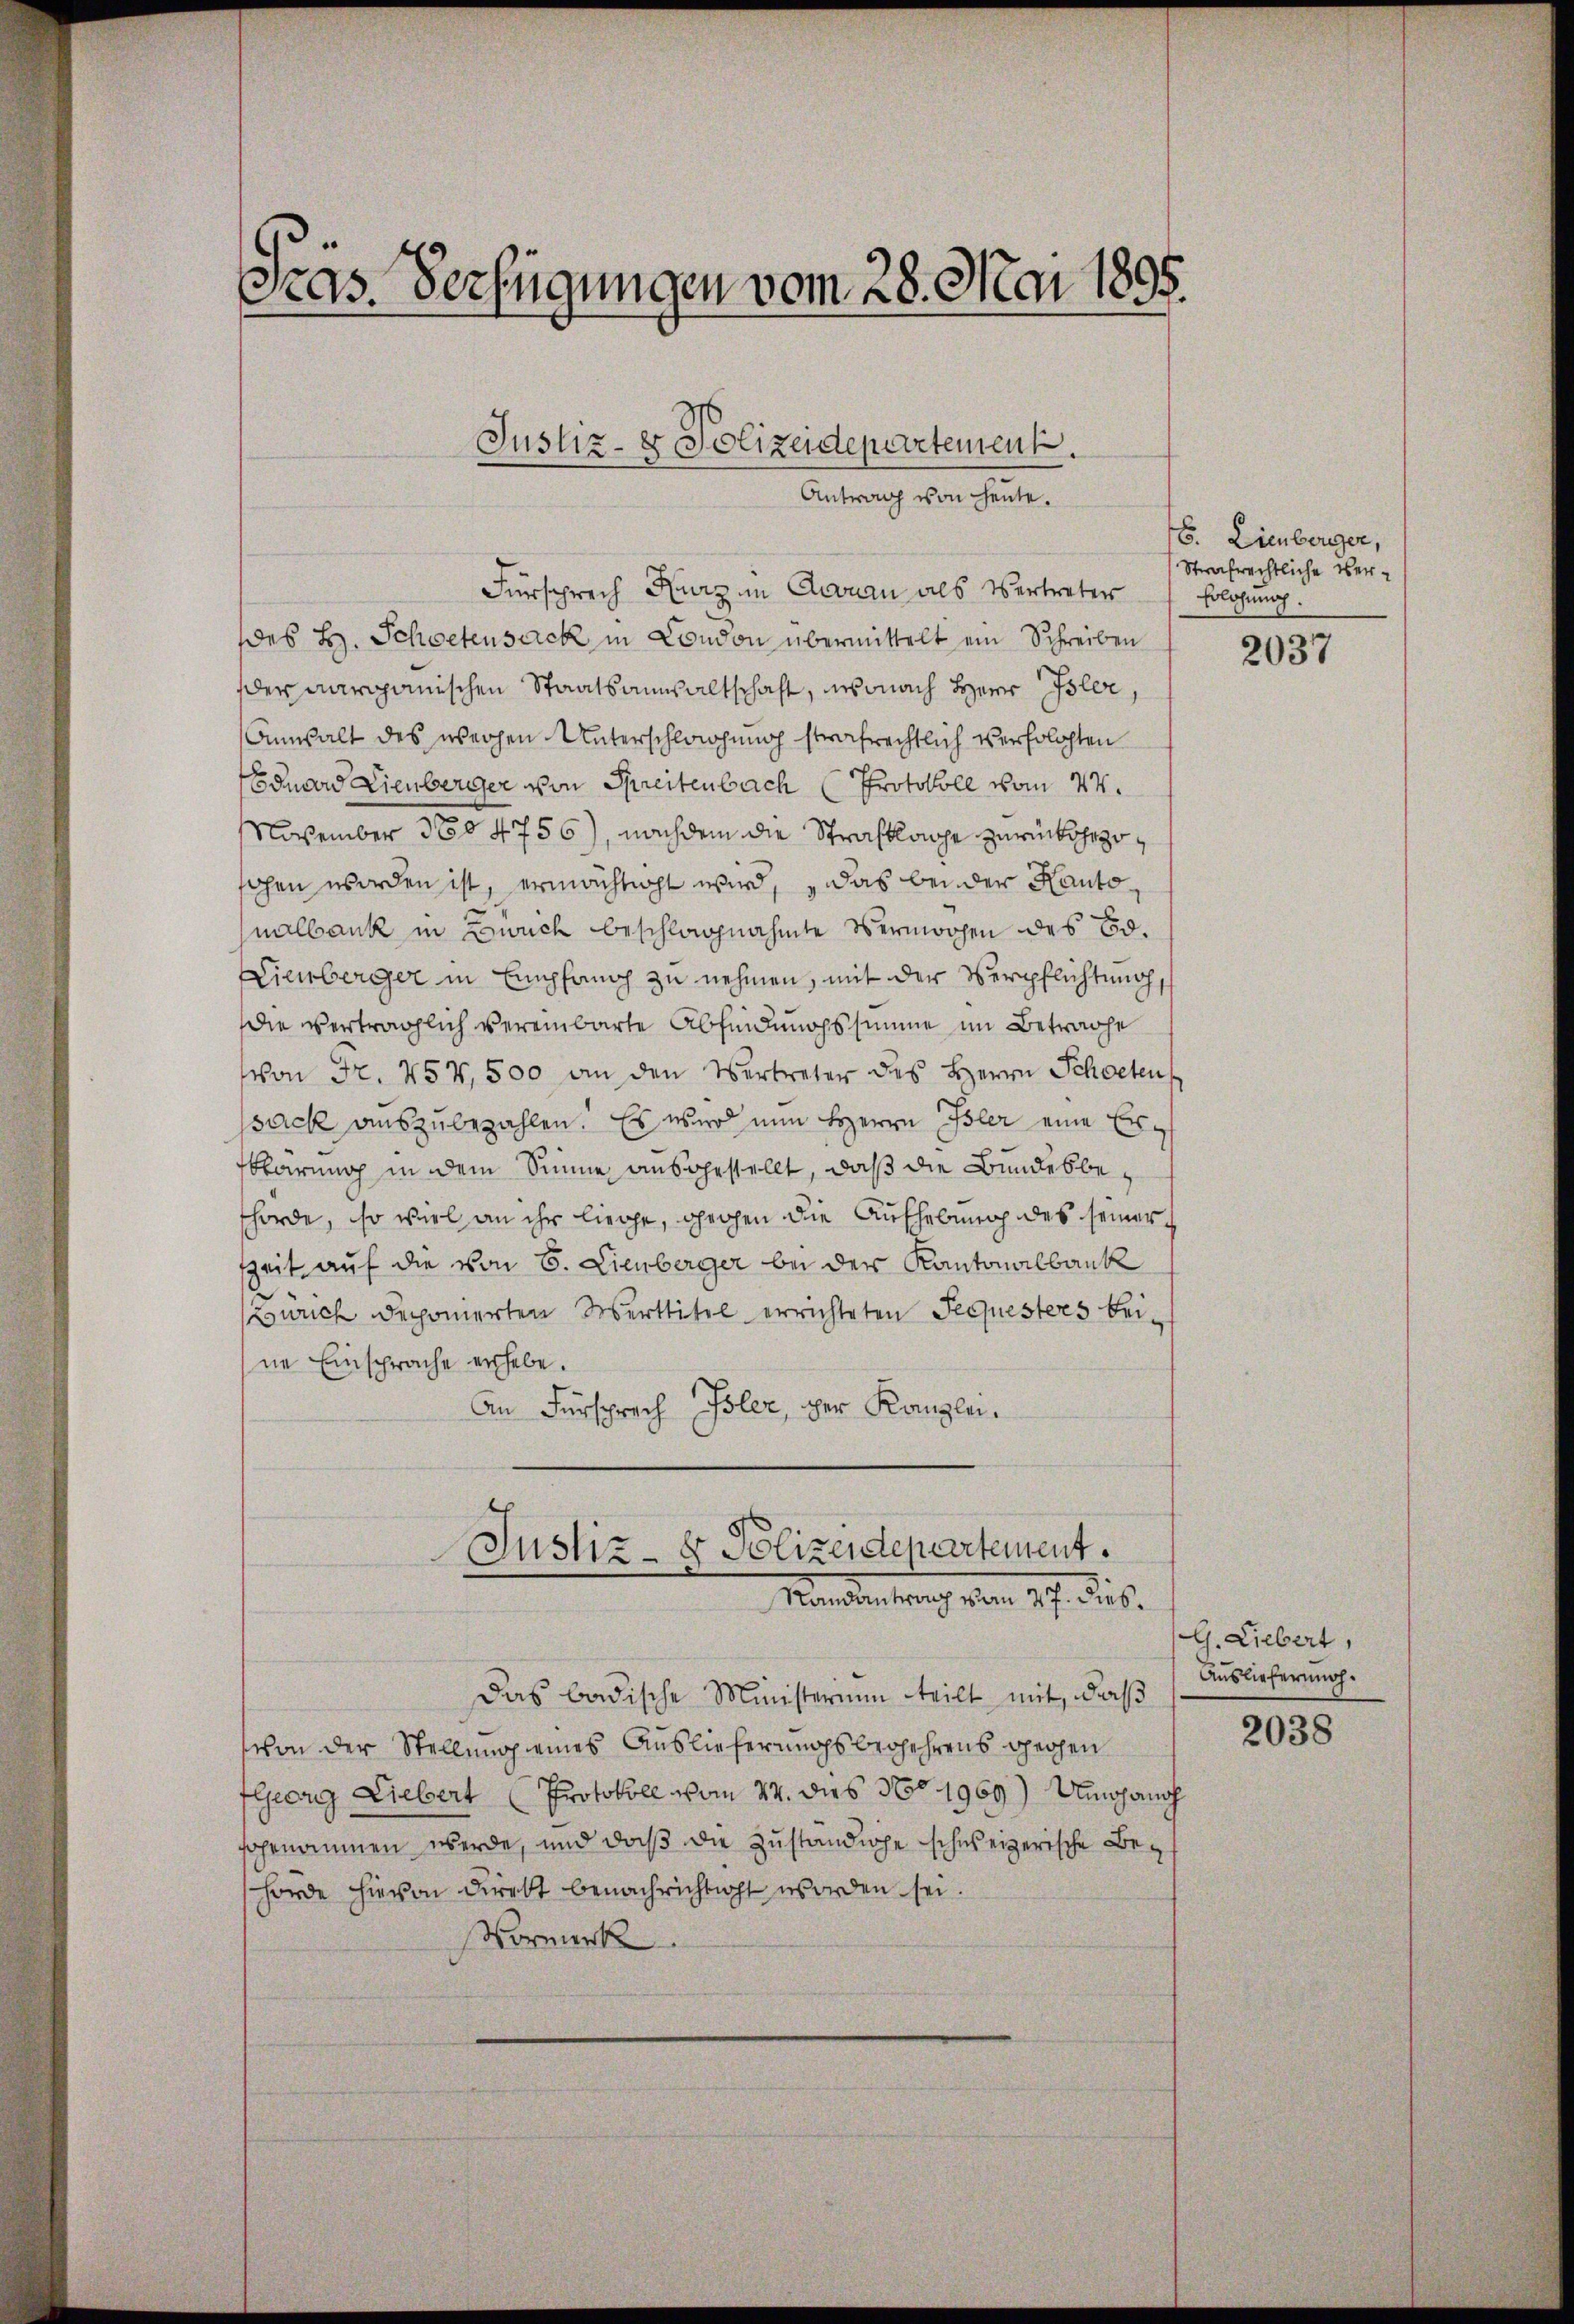
Sras. Verfügungen vom 28. Mai 1895.
Justiz- & Polizeidepartement.

Fürsprech Kurz in Donau als Vertreter
des H. Schwetensack in Condon übermittelt ein Schreiben
der aarganischen Staatsanwaltschaft, wonach Herr Isler,
Anwalt des weihen Unterschlagung strafrechtlich verholten
Eduard Lienberger von Streitenbach Protokoll vom 24.
NNovember 360 4756), nachdem die Strafklage zurückgezofohen worden ist, ermächtigt wird, das bei der Kantonalbank in Zwuch beschlagnahmte Vermögen des Bd.
Eienberger in Empfang zu nehmen, mit der Verpflichtung,
die verträglich vereinbarte Abfindungssumme im Betrache
von Fr. 254,500 an den Vertreter des Herrn Schoeten
sack auszubezahlen. Es wir nun HHerrn Isler eine Erns
klärung in dem Sinne ausgestellt, daß die Bundesbehörde, so viel an ihr liege, geohen die Aufhebung des seiner
Zeit auf die von 6. Lienberger bei der Kantonalbank
Zürich deponierten Merttitel errichteten Sequesters bei-
ne Einsprache erhebe.
An Fürsprech Isler, der Kanzlei.
Justiz- & Polizeidepartement.
Randantrag von 27. dies
Das badische Ministerium teilt mit, daß
schon der Stellung eines Auslieferungsbegehrens Bechen
fleorg Liebert (Protokoll vom 27. dies No 1969) Umgang
sgenommen werde, und daß die Zuständige schweizerische Behörde hievon Direkt benachrichtigt worden sei.
Vormerk

Antrag von heute.

E. Lienberger,
Strafrechtliche Ver¬
Erlosung.

2037

G. Liebert,
Auslieferung.

2038